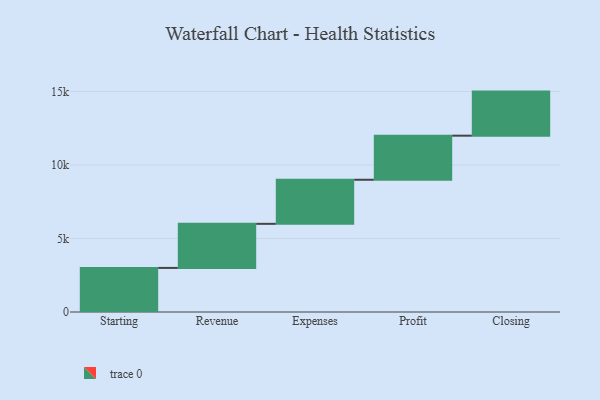
{"axis": {"x": "Step", "y": "Value"}, "legend": [""], "data": [{"x": "Starting", "y": 3000, "type": ""}, {"x": "Revenue", "y": 3000, "type": ""}, {"x": "Expenses", "y": 3000, "type": ""}, {"x": "Profit", "y": 3000, "type": ""}, {"x": "Closing", "y": 3000, "type": ""}]}